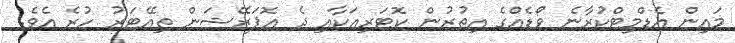
މައިން އެޑްމިޓްކުރާނެ ވޯޑެއްގެ އިތުރުން ކޮޓަރިއަކާއި ދެ އޮޕަރޭޝަން ތިއޭޓަރު ހުރެ އެވެ.